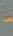
-